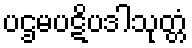
ပဌမပဋိပဒါသုတ္တံ